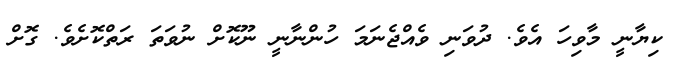
ކިޔާނީ މާވިހަ އެވެ. ދުވަނި ވެއްޖެނަމަ ހުންނާނީ ނޫކޮށް ނުވަތަ ރަތްކޮށެވެ. ގޮށް